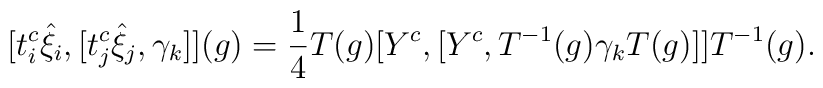
[t_{i}^c{\hat{\xi}}_{i},[t^c_{j}{\hat{\xi}}_{j},{\gamma}_{k}]](g)=\frac{1}{4}T(g)[Y^c,[Y^c,T^{-1}(g){\gamma}_kT(g)]]T^{-1}(g).